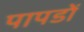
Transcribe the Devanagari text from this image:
पापडों